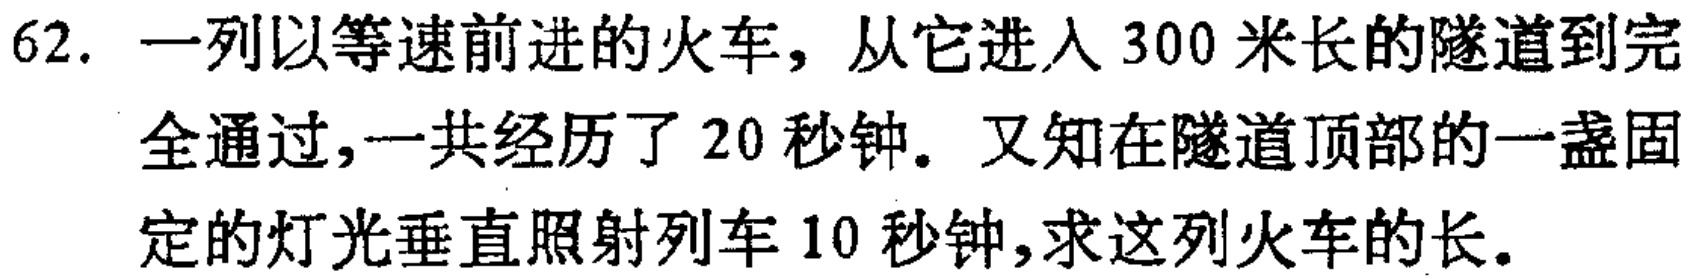
62. 一列以等速前进的火车，从它进入 300 米长的隧道到完全通过，一共经历了 20 秒钟。又知在隧道顶部的一盏固定的灯光垂直照射列车 10 秒钟，求这列火车的长。